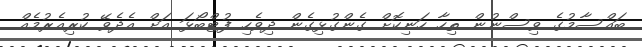
ބައްސާމުގެ ވިސްނުން ތިހާ ހަނިކޮށް ގެންގުޅިގެން ދިވެހި ފުޓްބޯޅަ އަށް އެދެވޭ ކުރިއެރުމެއް